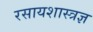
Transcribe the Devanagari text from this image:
रसायशास्त्रज्ञ